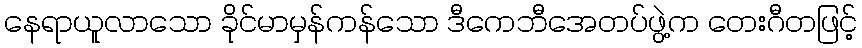
နေရာယူလာသော ခိုင်မာမှန်ကန်သော ဒီကေဘီအေတပ်ဖွဲ့က တေးဂီတဖြင့်